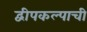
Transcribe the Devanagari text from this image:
द्वीपकल्पाची